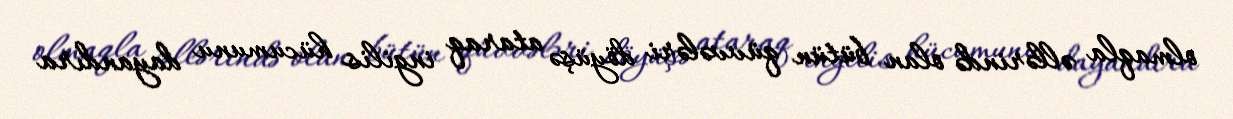
olmaqla əllərində olan bütün qüvvələri döyüşə ataraq ingilis hücumunu dayandıra